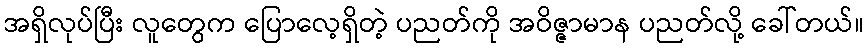
အရှိလုပ်ပြီး လူတွေက ပြောလေ့ရှိတဲ့ ပညတ်ကို အဝိဇ္ဇာမာန ပညတ်လို့ ခေါ်တယ်။